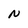
Character: N